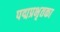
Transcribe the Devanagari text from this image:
पद्मप्रभृतका